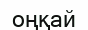
оңқай